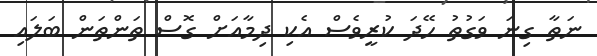
ނަތާ ގިނަ ވަގުތު ހޭދަ ކުރީވެސް އެކި ދިމާއަށް ގޮސް ތަންތަން ބަލައި